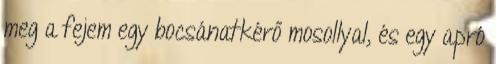
meg a fejem egy bocsánatkérő mosollyal, és egy apró